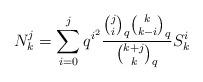
LaTeX: \begin{align*}N_k^j = \sum\limits_{i=0}^j q^{i^2}\frac{{j \choose i}_q{k \choose k-i}_q}{{k+j \choose k}_q}S_k^i\end{align*}